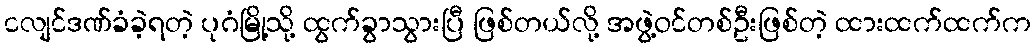
ငလျင်ဒဏ်ခံခဲ့ရတဲ့ ပုဂံမြို့သို့ ထွက်ခွာသွားပြီ ဖြစ်တယ်လို့ အဖွဲ့ဝင်တစ်ဦးဖြစ်တဲ့ ထားထက်ထက်က